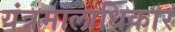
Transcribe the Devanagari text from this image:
यंत्रमालाधिकार